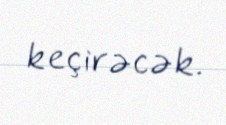
keçirəcək.